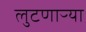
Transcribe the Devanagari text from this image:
लुटणाऱ्या